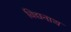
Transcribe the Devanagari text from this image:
विद्यनाथ